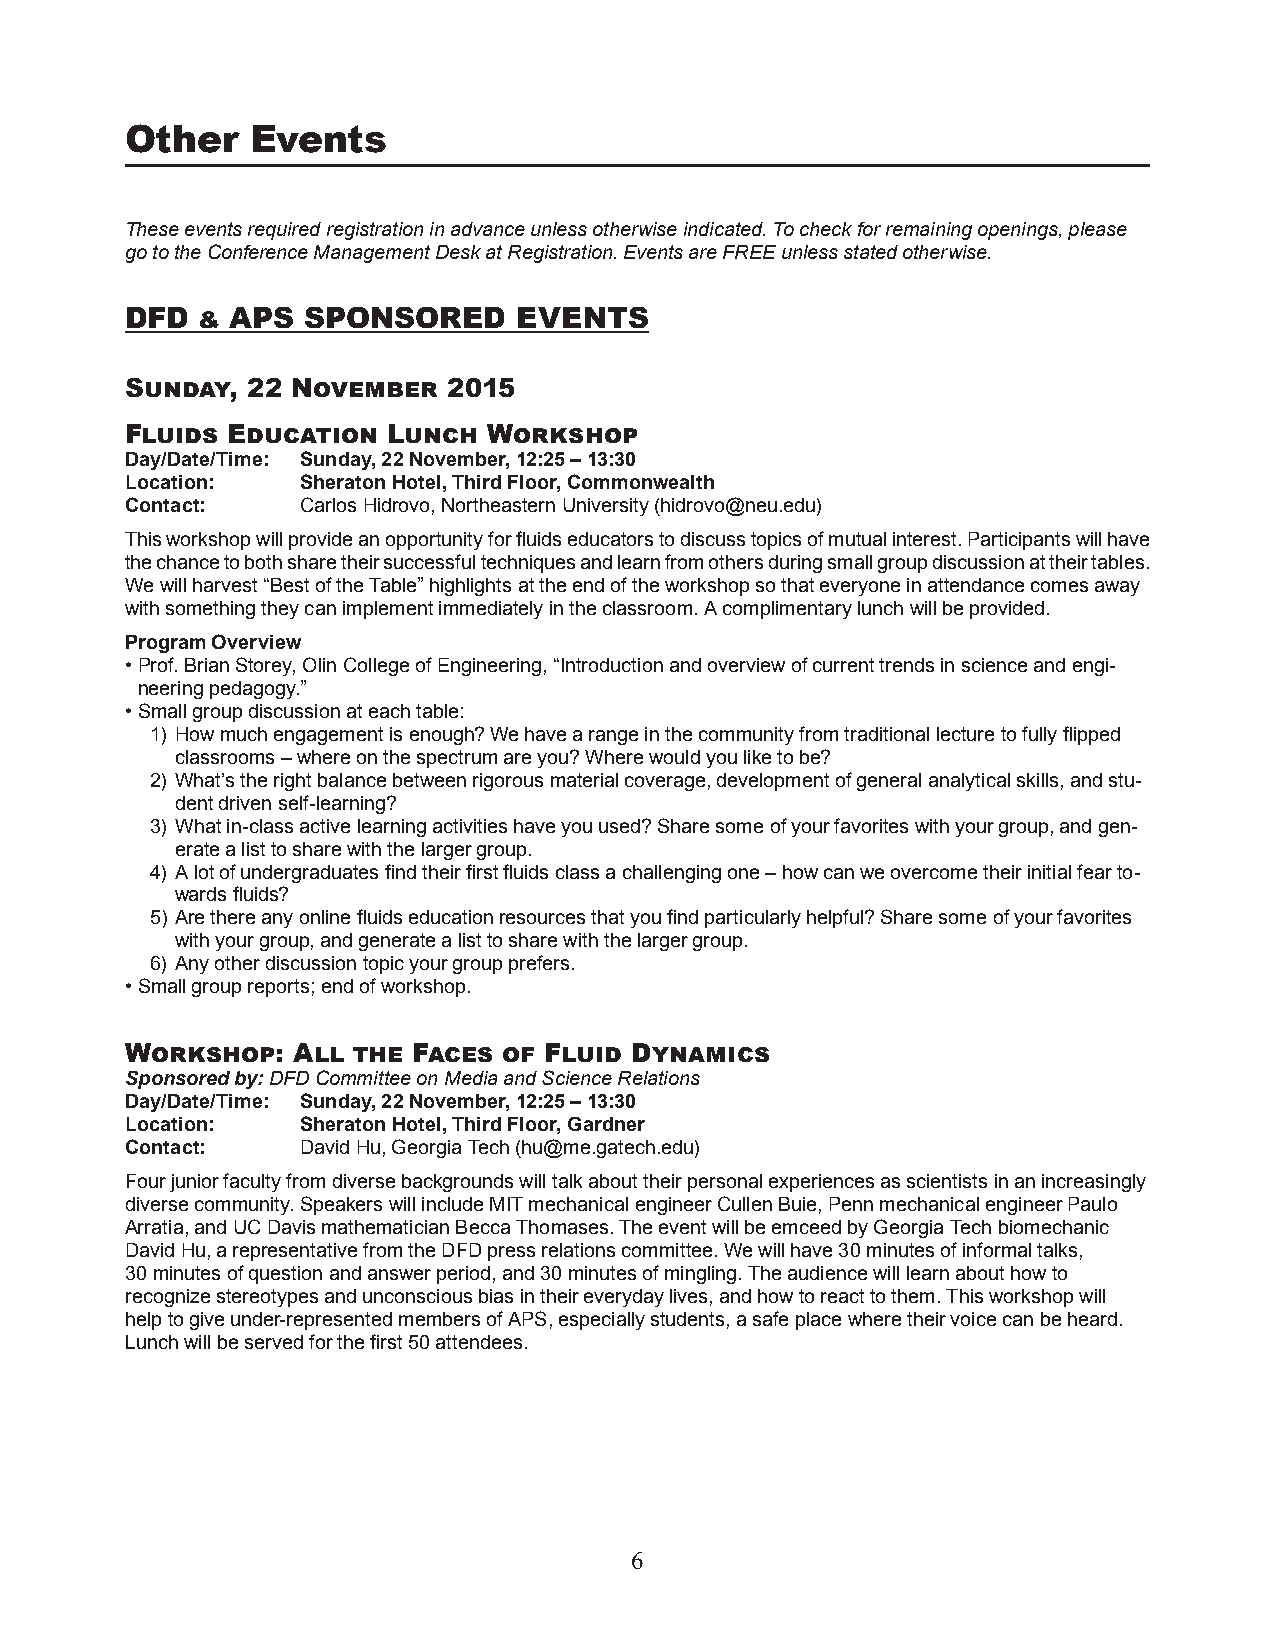
Other    Events
 These events required registration in advance unless otherwise indicated. To check for remaining openings, please
 go to the Conference Management Desk at Registration. Events are FREE unless stated otherwise.
 DFD  & APS  SPONSORED     EVENTS
 Sunday, 22 November   2015
 Fluids Education  Lunch Workshop
 Day/Date/Time: Sunday, 22 November, 12:25 – 13:30
 Location:   Sheraton Hotel, Third Floor, Commonwealth
 Contact:    Carlos Hidrovo, Northeastern University (hidrovo@neu.edu)
 This workshop will provide an opportunity for fluids educators to discuss topics of mutual interest. Participants will have
 the chance to both share their successful techniques and learn from others during small group discussion at their tables.
 We will harvest “Best of the Table” highlights at the end of the workshop so that everyone in attendance comes away
 with something they can implement immediately in the classroom. A complimentary lunch will be provided.
 Program Overview
 • Prof. Brian Storey, Olin College of Engineering, “Introduction and overview of current trends in science and engi-
 neering pedagogy.”
 • Small group discussion at each table:
 1) How much engagement is enough? We have a range in the community from traditional lecture to fully flipped
 classrooms – where on the spectrum are you? Where would you like to be?
 2) What’s the right balance between rigorous material coverage, development of general analytical skills, and stu-
 dent driven self-learning?
 3) What in-class active learning activities have you used? Share some of your favorites with your group, and gen-
 erate a list to share with the larger group.
 4) A lot of undergraduates find their first fluids class a challenging one – how can we overcome their initial fear to-
 wards fluids?
 5) Are there any online fluids education resources that you find particularly helpful? Share some of your favorites
 with your group, and generate a list to share with the larger group.
 6) Any other discussion topic your group prefers.
 • Small group reports; end of workshop.
 Workshop:  All the Faces of Fluid Dynamics
 Sponsored by: DFD Committee on Media and Science Relations
 Day/Date/Time: Sunday, 22 November, 12:25 – 13:30
 Location:   Sheraton Hotel, Third Floor, Gardner
 Contact:    David Hu, Georgia Tech (hu@me.gatech.edu)
 Four junior faculty from diverse backgrounds will talk about their personal experiences as scientists in an increasingly
 diverse community. Speakers will include MIT mechanical engineer Cullen Buie, Penn mechanical engineer Paulo
 Arratia, and UC Davis mathematician Becca Thomases. The event will be emceed by Georgia Tech biomechanic
 David Hu, a representative from the DFD press relations committee. We will have 30 minutes of informal talks,
 30 minutes of question and answer period, and 30 minutes of mingling. The audience will learn about how to
 recognize stereotypes and unconscious bias in their everyday lives, and how to react to them. This workshop will
 help to give under-represented members of APS, especially students, a safe place where their voice can be heard.
 Lunch will be served for the first 50 attendees.
 6